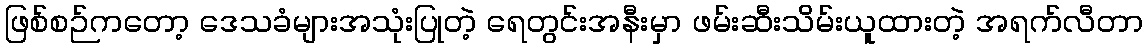
ဖြစ်စဉ်ကတော့ ဒေသခံများအသုံးပြုတဲ့ ရေတွင်းအနီးမှာ ဖမ်းဆီးသိမ်းယူထားတဲ့ အရက်လီတာ